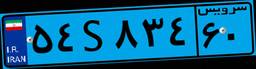
۵۱S۸۳۳۸۷